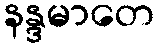
နန္ဒမာတေ